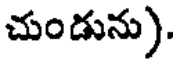
చుండును).